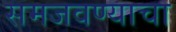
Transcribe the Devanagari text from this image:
समजवण्याचा